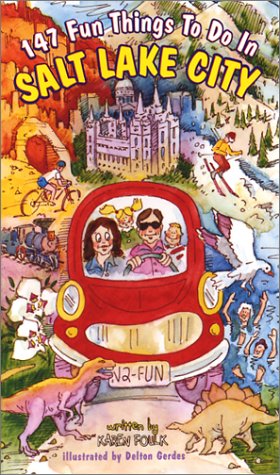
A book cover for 147 Fun Things to do in Salt Lake City; Karen Foulk; Travel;